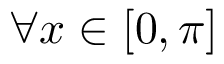
\forall x \in [ 0 , \pi ]